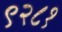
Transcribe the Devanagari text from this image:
९२८१